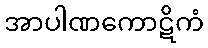
အာပါဏကောဋိကံ